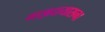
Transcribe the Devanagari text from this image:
माझदायासना